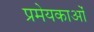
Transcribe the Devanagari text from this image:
प्रमेयकाओं